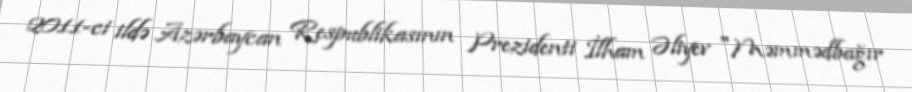
2011-ci ildə Azərbaycan Respublikasının Prezidenti İlham Əliyev "Məmmədbağır